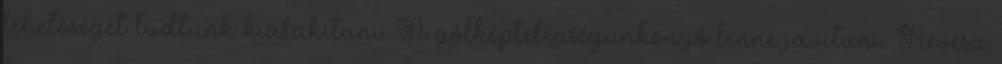
lehetőséget tudtunk kialakítani. A gólképtelenségünkön jó lenne javítani. Révész